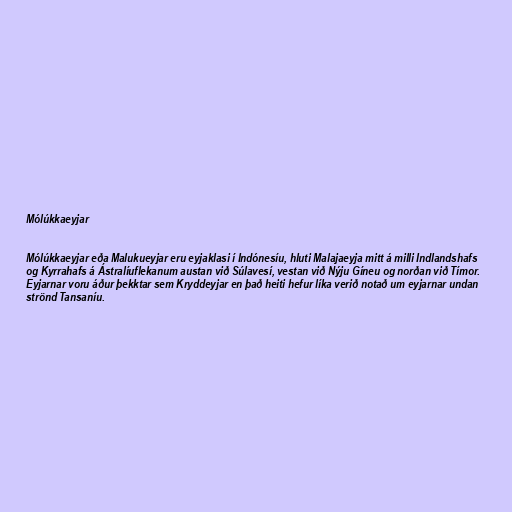
Mólúkkaeyjar

Mólúkkaeyjar eða Malukueyjar eru eyjaklasi í Indónesíu, hluti Malajaeyja mitt á milli Indlandshafs
og Kyrrahafs á Ástralíuflekanum austan við Súlavesí, vestan við Nýju Gíneu og norðan við Tímor.
Eyjarnar voru áður þekktar sem Kryddeyjar en það heiti hefur líka verið notað um eyjarnar undan
strönd Tansaníu.